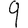
Digit: 9